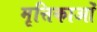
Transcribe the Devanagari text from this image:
मृत्तिकाओं